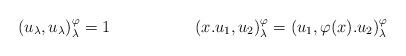
LaTeX: \begin{align*} \left(u_{\lambda},u_{\lambda}\right)_{\lambda}^{\varphi} & =1 & (x.u_{1},u_{2})_{\lambda}^{\varphi} & =(u_{1},\varphi(x).u_{2})_{\lambda}^{\varphi}\end{align*}